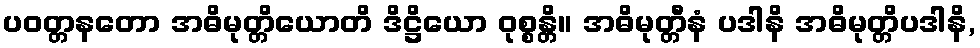
ပဝတ္တနတော အဓိမုတ္တိယောတိ ဒိဋ္ဌိယော ဝုစ္စန္တိ။ အဓိမုတ္တီနံ ပဒါနိ အဓိမုတ္တိပဒါနိ,